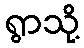
ရွာသို့